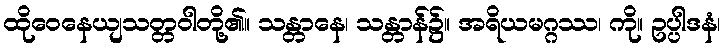
ထိုဝေနေယျသတ္တဝါတို့၏။ သန္တာနေ၊ သန္တာန်၌။ အရိယမဂ္ဂဿ၊ ကို။ ဥပ္ပါဒနံ၊